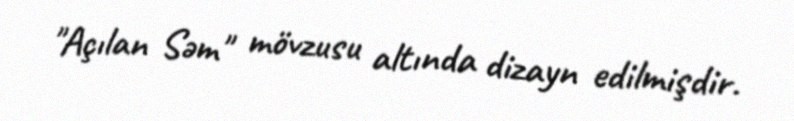
"Açılan Səm" mövzusu altında dizayn edilmişdir.